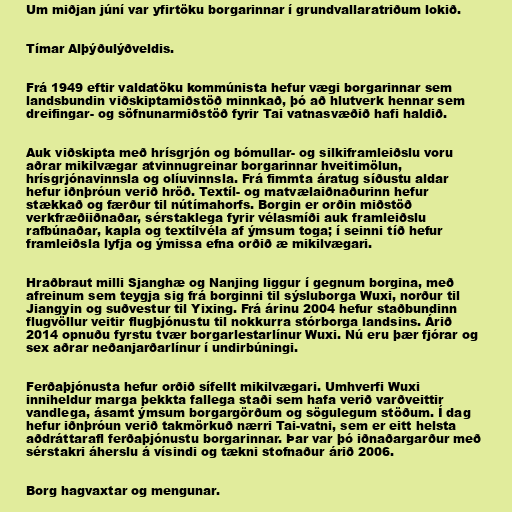
Um miðjan júní var yfirtöku borgarinnar í grundvallaratriðum lokið.

Tímar Alþýðulýðveldis.

Frá 1949 eftir valdatöku kommúnista hefur vægi borgarinnar sem
landsbundin viðskiptamiðstöð minnkað, þó að hlutverk hennar sem
dreifingar- og söfnunarmiðstöð fyrir Tai vatnasvæðið hafi haldið.

Auk viðskipta með hrísgrjón og bómullar- og silkiframleiðslu voru
aðrar mikilvægar atvinnugreinar borgarinnar hveitimölun,
hrísgrjónavinnsla og olíuvinnsla. Frá fimmta áratug síðustu aldar
hefur iðnþróun verið hröð. Textíl- og matvælaiðnaðurinn hefur
stækkað og færður til nútímahorfs. Borgin er orðin miðstöð
verkfræðiiðnaðar, sérstaklega fyrir vélasmíði auk framleiðslu
rafbúnaðar, kapla og textílvéla af ýmsum toga; í seinni tíð hefur
framleiðsla lyfja og ýmissa efna orðið æ mikilvægari.

Hraðbraut milli Sjanghæ og Nanjing liggur í gegnum borgina, með
afreinum sem teygja sig frá borginni til sýsluborga Wuxi, norður til
Jiangyin og suðvestur til Yixing. Frá árinu 2004 hefur staðbundinn
flugvöllur veitir flugþjónustu til nokkurra stórborga landsins. Árið
2014 opnuðu fyrstu tvær borgarlestarlínur Wuxi. Nú eru þær fjórar og
sex aðrar neðanjarðarlínur í undirbúningi.

Ferðaþjónusta hefur orðið sífellt mikilvægari. Umhverfi Wuxi
inniheldur marga þekkta fallega staði sem hafa verið varðveittir
vandlega, ásamt ýmsum borgargörðum og sögulegum stöðum. Í dag
hefur iðnþróun verið takmörkuð nærri Tai-vatni, sem er eitt helsta
aðdráttarafl ferðaþjónustu borgarinnar. Þar var þó iðnaðargarður með
sérstakri áherslu á vísindi og tækni stofnaður árið 2006.

Borg hagvaxtar og mengunar.